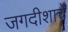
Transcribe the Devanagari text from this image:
जगदीशाचे